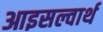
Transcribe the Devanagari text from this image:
आइसल्वार्थ